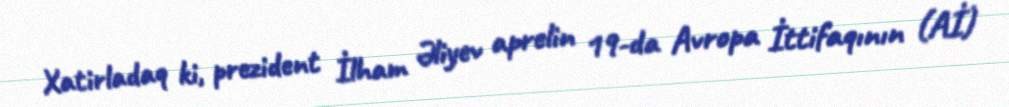
Xatirladaq ki, prezident İlham Əliyev aprelin 19-da Avropa İttifaqının (Aİ)